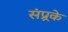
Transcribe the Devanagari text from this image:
संप्र्रके